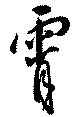
霄